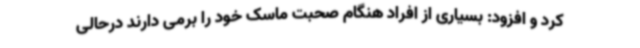
کرد و افزود: بسیاری از افراد هنگام صحبت ماسک خود را برمی دارند درحالی